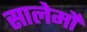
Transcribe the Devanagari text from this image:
सालेर्मो